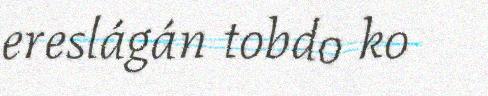
ereslágán tobdo ko